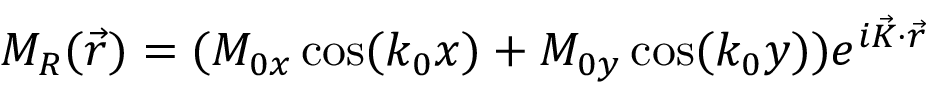
M _ { R } ( \vec { r } ) = ( M _ { 0 x } \cos ( k _ { 0 } x ) + M _ { 0 y } \cos ( k _ { 0 } y ) ) e ^ { i \vec { K } \cdot \vec { r } }